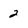
Character: 2